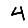
Digit: 4